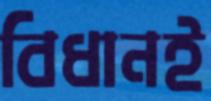
বিধানই